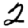
Digit: 2